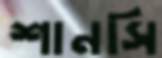
শানসি